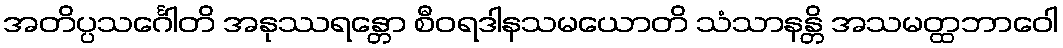
အတိပ္ပသင်္ဂေါတိ အနုဿရန္တော စီဝရဒါနသမယောတိ သံသာနန္တိ အသမတ္ထဘာဝေါ